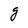
Character: g